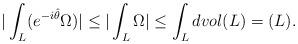
LaTeX: \begin{align*}|\int_L ( e^{-i\hat{\theta}}\Omega)|\leq |\int_L \Omega | \leq \int_L dvol(L)=(L).\end{align*}